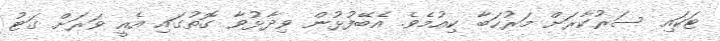
ޓަކައި ސަރުކާރަށް މަރުހަބާ ކިއުމެވެ. އެބޭފުޅުން ވިދާޅުވާ ގޮތުގައި އެއީ ވަރަށް ގަޓު